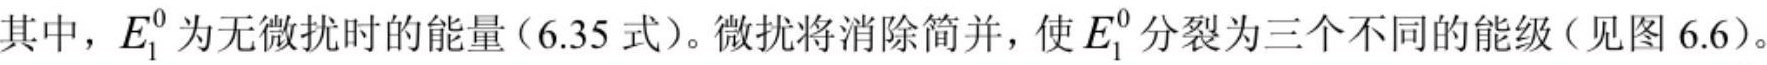
其中，$E_{1}^{0}$为无微扰时的能量（6.35 式）。微扰将消除简并，使$E_{1}^{0}$分裂为三个不同的能级（见图 6.6）。